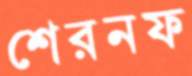
শেরনফ